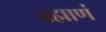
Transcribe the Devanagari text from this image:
ब्रह्माणं